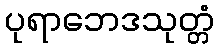
ပုရာဘေဒသုတ္တံ